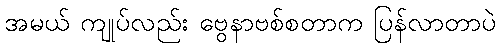
အမယ် ကျုပ်လည်း ဗွေနာဗစ်စတာက ပြန်လာတာပဲ